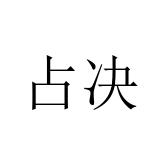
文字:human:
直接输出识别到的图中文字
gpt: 占决